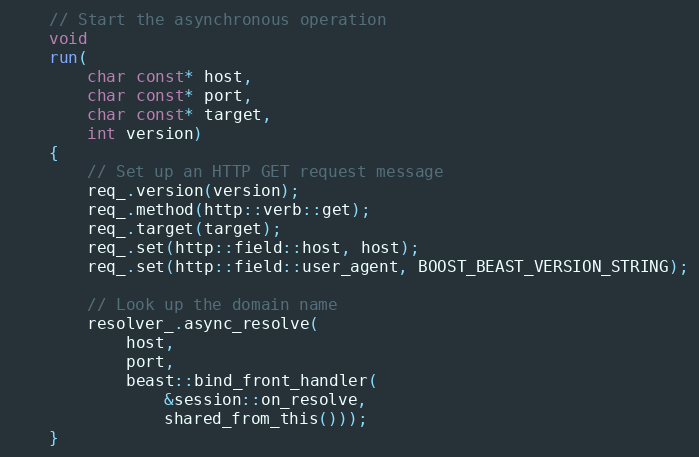
Language: C++
    // Start the asynchronous operation
    void
    run(
        char const* host,
        char const* port,
        char const* target,
        int version)
    {
        // Set up an HTTP GET request message
        req_.version(version);
        req_.method(http::verb::get);
        req_.target(target);
        req_.set(http::field::host, host);
        req_.set(http::field::user_agent, BOOST_BEAST_VERSION_STRING);

        // Look up the domain name
        resolver_.async_resolve(
            host,
            port,
            beast::bind_front_handler(
                &session::on_resolve,
                shared_from_this()));
    }